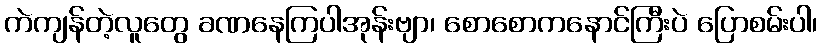
ကဲကျန်တဲ့လူတွေ ခဏနေကြပါအုန်းဗျာ၊ စောစောကနောင်ကြီးပဲ ပြောစမ်းပါ၊